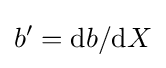
b'=\mathrm {d} b/\mathrm {d} X